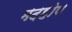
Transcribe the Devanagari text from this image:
मदहोष